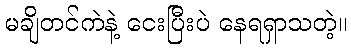
မချိတင်ကဲနဲ့ ငေးပြီးပဲ နေရရှာသတဲ့။